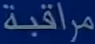
مراقبة